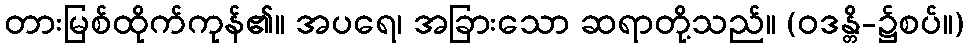
တားမြစ်ထိုက်ကုန်၏။ အပရေ၊ အခြားသော ဆရာတို့သည်။ (ဝဒန္တိ-၌စပ်။)